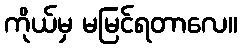
ကိုယ်မှ မမြင်ရတာလေ။